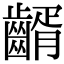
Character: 𪙀